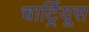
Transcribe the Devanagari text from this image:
चार्ट्रियूस